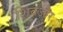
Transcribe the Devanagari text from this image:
शिवऔर